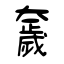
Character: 奯